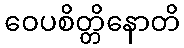
ဝေပစိတ္တိနောတိ